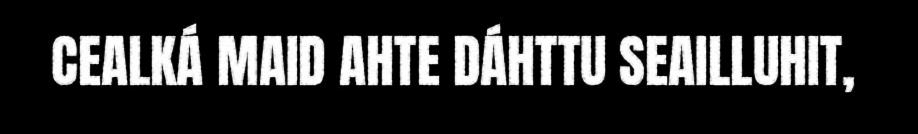
CEALKÁ MAID AHTE DÁHTTU SEAILLUHIT,